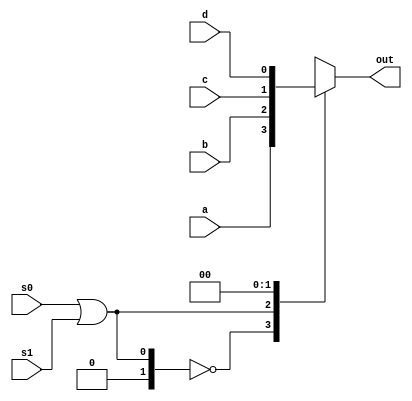
module mux_case ( a, b, c, d, s0, s1, out);
	input wire a, b, c, d;
	input wire s0, s1;
	output reg out;
	always @ (a or b or c or d or s0, s1)
	begin
	case (s0 | s1)
		2'b00 : out <= a;
		2'b01 : out <= b;
		2'b10 : out <= c;
		2'b11 : out <= d;
	endcase
	end
endmodule